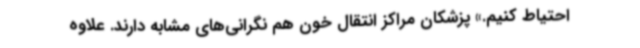
احتیاط کنیم.» پزشکان مراکز انتقال خون هم نگرانی‌های مشابه دارند. علاوه